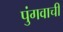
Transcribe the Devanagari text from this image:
पुंगवाची